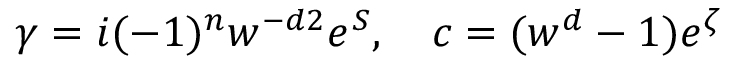
\gamma = i ( - 1 ) ^ { { n } } w ^ { - { { d } \o 2 } } e ^ { S } , \quad c = ( w ^ { d } - 1 ) e ^ { \zeta }